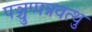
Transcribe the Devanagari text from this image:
पञ्चुप्पन्नवत्थु